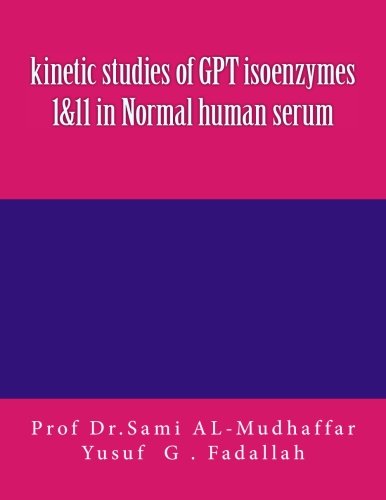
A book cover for kinetic studies of GPT isoenzymes 1&11 in Normal human serum; Prof Sami A. AL-Mudhaffar Dr.; Science & Math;